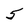
Character: 5